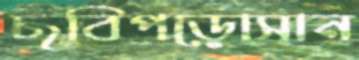
ছবিপড়োসান